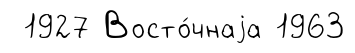
1927 Восто́чнаjа 1963